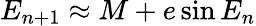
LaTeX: E_{n+1}\approx M+e\sin{E_{n}}